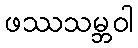
ဖဿသမ္ဘဝါ